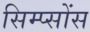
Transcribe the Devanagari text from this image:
सिम्प्सोंस